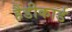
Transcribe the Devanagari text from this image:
हैंडीकार्ड